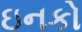
ઇનકો